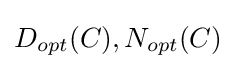
D_{opt}(C),N_{opt}(C)